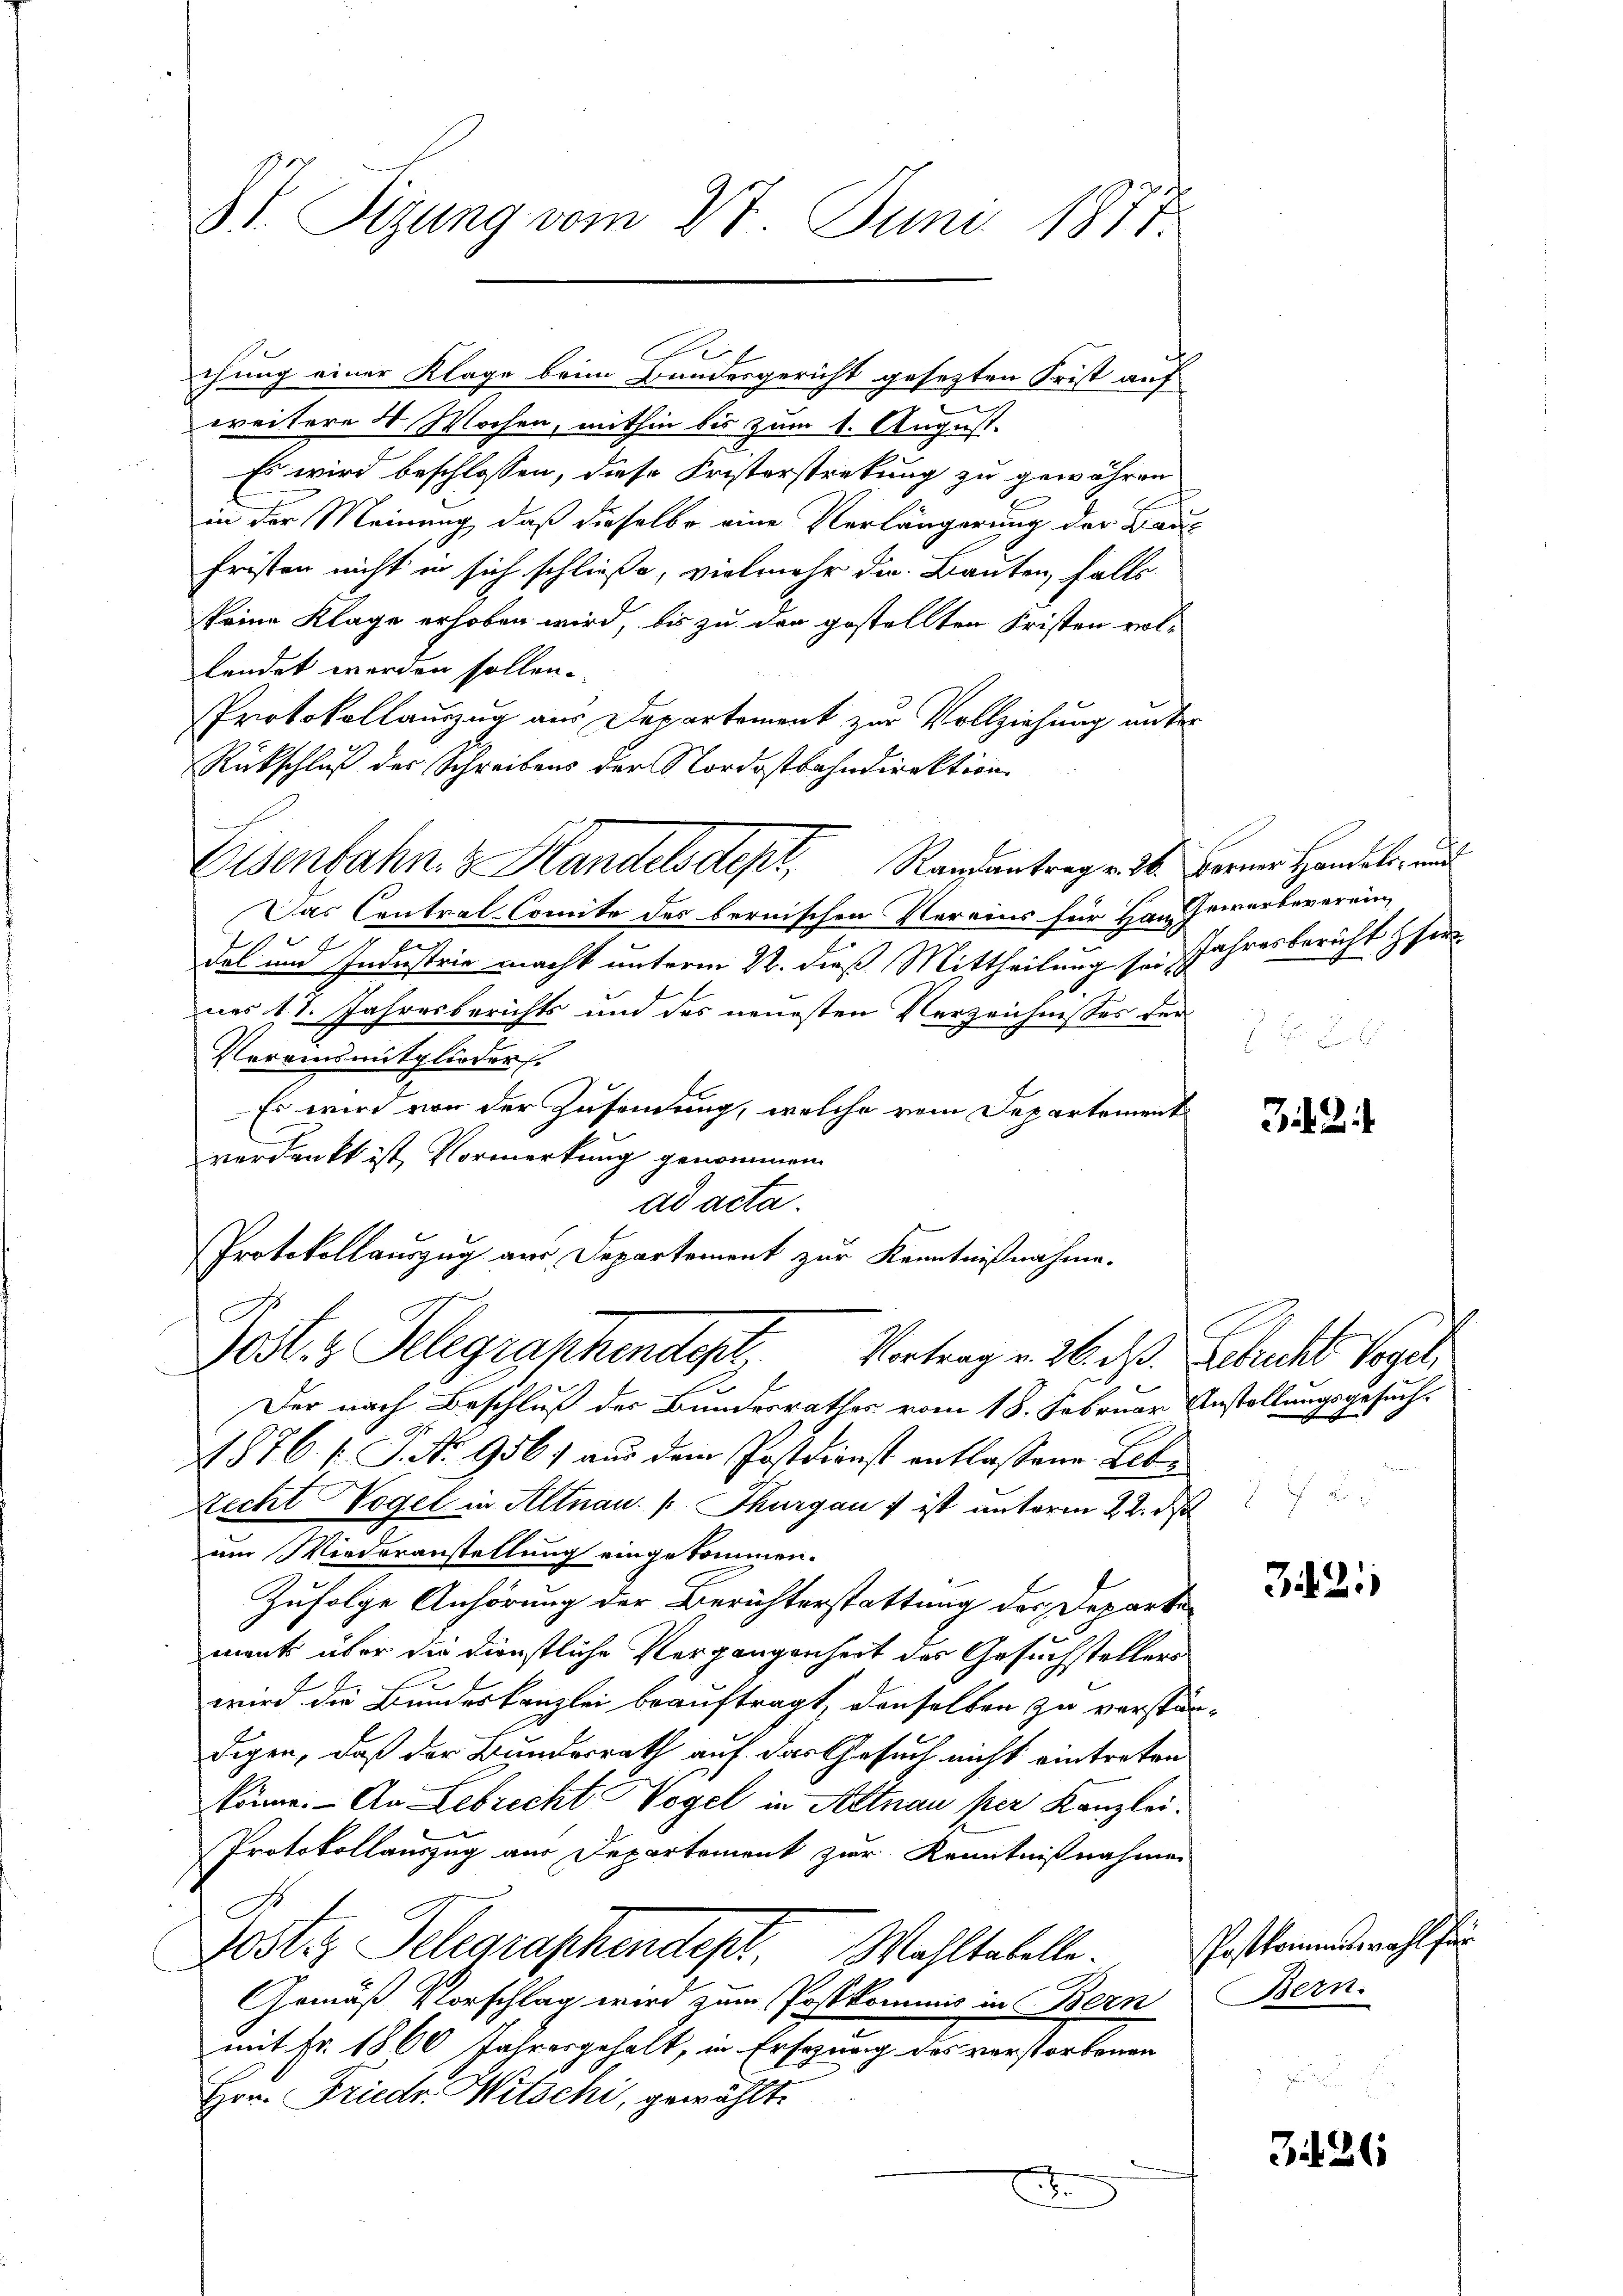
VI. Sizung vom 27. Juni 1871.

weitere 4 Wochen, mithin bis zum 1. August.
Es wird beschlossen, diese Fristerstretung zu gewähren
in der Meinung, daß dieselbe eine Verlängerung der Bau-
Fristen nicht in sich schließe, vielmehr die Bauten, falls
keine Klage erhoben wird, bis zu der gestellten Fristen vol-
lendet werden sollen.
Protokollauszug aus Departement zur Vollziehung unter
Rückschluß der Schreibens der Nordostbahndirektion
Eisenbahn & Handelsdept, Randantrag v. 26. Ferner Handels- und
Das Contral-Comite des bernischen Vereins für Hand Gewerbeverein
159
e
das und Industrie macht unterm 22. dieß Mittheilung sei Jahresbericht fer
nes 17. Jahresberichts und des neuesten Verzeichnisses der
Vereinsmitglieders.
Es wird von der Zusendung, welche vom Departement
verdankt ist, Vormerkung genommen
ad acta.
Protokollauszug aus Departement zur Kenntnißnahme.

e
chung einer Klage beim Bundesgericht gesezten Frist auf

Jost & Belegraschendet. Vortragen. 26. das Erbrecht Vogel
.

Der nach Beschluß des Bundesrathes vom 18. Februar Anstellungsgesuch
1876 f. J. No 9561 aus dem Postdienst entlassene Lebe
Recht Vogel in Altnau (Thurgau ist antoren 22. d
um Wiederanstellung eingekommen.
Zufolge Anhörung der Berichterstattung der Departe
ment über die Dienstliche Vergangenheit des Gesuchstellers
wird die Bundeskanzlei beauftragt, denselben zu verständigen, daß der Bundesrath auf das Gesuch nicht eintreten
könne. - An Lebrecht Vogel in Altnau per Kanzlei¬
Protokollauszug aus Departement zur Kenntnißnahmen
G
Jostiz Telegraphendept. Wohltabelle.
Gemäß Vorschlag wird zum Postkommis in Bern Bern.
mit Fr. 1860 Jahresgehalt, in Ersezung des verstorbenen
Hrn. Friedr. Witschi, gewählt.
.

1 f 2

32

3211

326

Postkommen wohl für